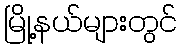
မြို့နယ်များတွင်